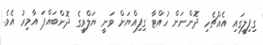
ގިފިލީގައި އެއްޗެހި ދޮންނަން ހުއްޓާ ގިފިއްޔަށް ވަނީ ޔަލްވީގެ ދޮންބައްޕަ އާމިރު އެވެ.